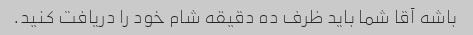
باشه آقا شما باید ظرف ده دقیقه شام ​​خود را دریافت کنید.